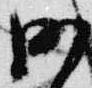
沙